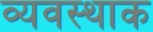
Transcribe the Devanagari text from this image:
व्यवस्थाक